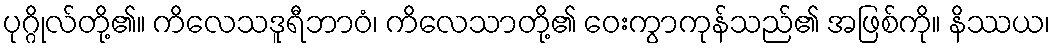
ပုဂ္ဂိုလ်တို့၏။ ကိလေသဒူရီဘာဝံ၊ ကိလေသာတို့၏ ဝေးကွာကုန်သည်၏ အဖြစ်ကို။ နိဿယ၊